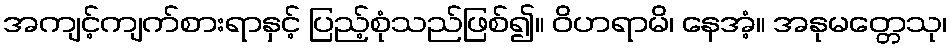
အကျင့်ကျက်စားရာနှင့် ပြည့်စုံသည်ဖြစ်၍။ ဝိဟရာမိ၊ နေအံ့။ အနုမတ္တေသု၊